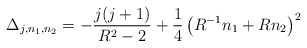
\begin{align*}\Delta_{j,n_1,n_2}=-{j(j+1)\over R^2-2}+{1\over4}\left(R^{-1}n_1+R n_2\right)^2\end{align*}